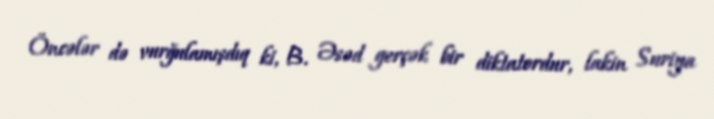
Öncələr də vurğulamışdıq ki, B. Əsəd gerçək bir diktatordur, lakin Suriya